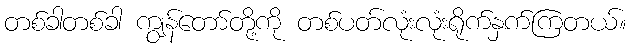
တစ်ခါတစ်ခါ ကျွန်တော်တို့ကို တစ်ပတ်လုံးလုံးရိုက်နှက်ကြတယ်။